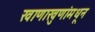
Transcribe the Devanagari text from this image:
खाणाखुणांमधून